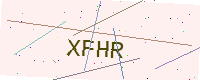
Text: XFHR